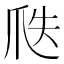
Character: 𤔅